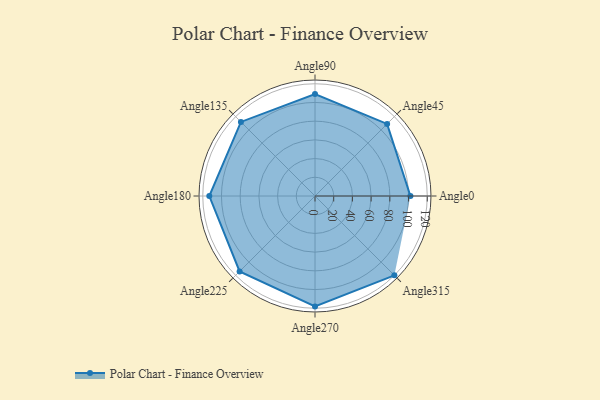
{"axis": {"x": "Angle", "y": "Radius"}, "legend": [""], "data": [{"x": "Angle0", "y": 102.0, "type": ""}, {"x": "Angle45", "y": 109.0, "type": ""}, {"x": "Angle90", "y": 109.0, "type": ""}, {"x": "Angle135", "y": 112.0, "type": ""}, {"x": "Angle180", "y": 113.0, "type": ""}, {"x": "Angle225", "y": 114.0, "type": ""}, {"x": "Angle270", "y": 118.0, "type": ""}, {"x": "Angle315", "y": 120.0, "type": ""}]}